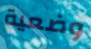
وضعية